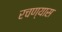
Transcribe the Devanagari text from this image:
रचण्यास